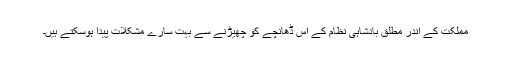
مملکت کے اندر مطلق بادشاہى نظام کے اس ڈھانچے کو چھیڑنے سے بہت سارے مشکلات پیدا ہوسکتے ہیں۔